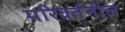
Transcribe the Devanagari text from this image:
परिवर्तनील